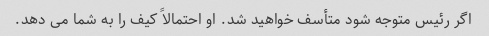
اگر رئیس متوجه شود متأسف خواهید شد. او احتمالاً کیف را به شما می دهد.